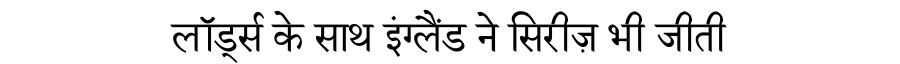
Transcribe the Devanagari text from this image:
लॉर्ड्स के साथ इंग्लैंड ने सिरीज़ भी जीती